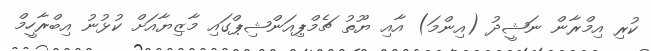
ކުރި އިމްރާން ނަޝީދު (އިންމަ) އާއި ޔޫތު ޗެމްޕިއަންޝިޕްގައި މާޒިޔާއަށް ކުޅުނު އިބްރާހީމް